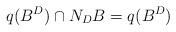
LaTeX: \begin{align*}q(B^D)\cap N_DB = q(B^D)\end{align*}